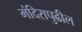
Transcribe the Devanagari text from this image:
मंदिरापुढील